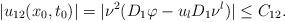
LaTeX: \begin{align*}|u_{12} (x_0, t_0)|= |\nu ^2 (D _1 \varphi - u_l D _1 \nu ^l )| \leq C_{12}.\end{align*}